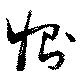
惻